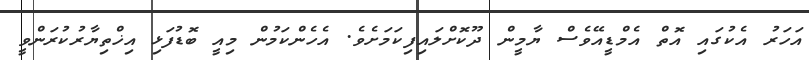
އަހަރު އެކުގައި އޮތް އެމްޑީއޭވެސް ޔާމީން ދޫކޮށްލައިފިކަމަށެވެ. އެހެންކަމުން މިއީ ބޮޑުފަޅި އިޚްތިޔާރުކުރަންވީ